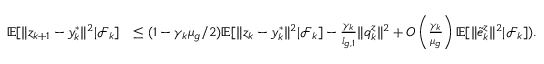
\begin{array} { r l } { \mathbb { E } [ \| z _ { k + 1 } - y _ { k } ^ { * } \| ^ { 2 } | \mathcal { F } _ { k } ] } & { \le ( 1 - \gamma _ { k } \mu _ { g } / 2 ) \mathbb { E } [ \| z _ { k } - y _ { k } ^ { * } \| ^ { 2 } | \mathcal { F } _ { k } ] - \frac { \gamma _ { k } } { l _ { g , 1 } } \| q _ { k } ^ { z } \| ^ { 2 } + O \left( \frac { \gamma _ { k } } { \mu _ { g } } \right) \mathbb { E } [ \| \tilde { e } _ { k } ^ { z } \| ^ { 2 } | \mathcal { F } _ { k } ] ) . } \end{array}